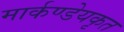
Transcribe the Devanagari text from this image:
मार्कण्डेयकृत